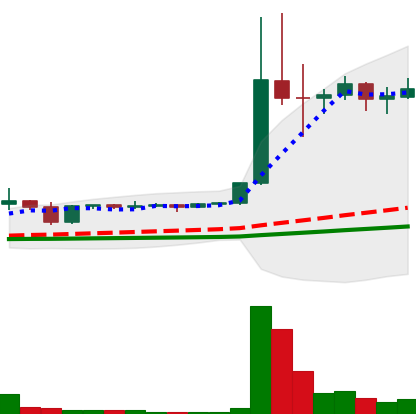
Ticker: DOGE-USD
Chart end date: 2021-01-09
Forward return: -7.818%
Label: down_7plus